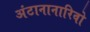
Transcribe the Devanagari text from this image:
अंटानानारिवो